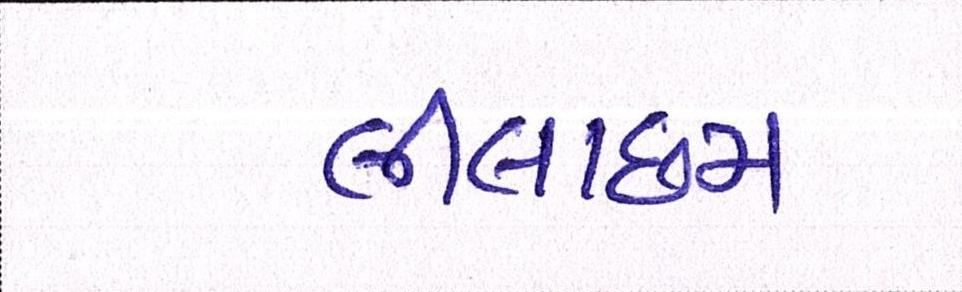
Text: લીલાછમ